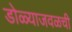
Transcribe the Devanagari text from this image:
डोळ्याजवळची